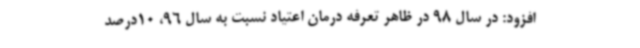
افزود: در سال 98 در ظاهر تعرفه درمان اعتیاد نسبت به سال 96، 10درصد